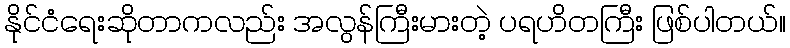
နိုင်ငံရေးဆိုတာကလည်း အလွန်ကြီးမားတဲ့ ပရဟိတကြီး ဖြစ်ပါတယ်။